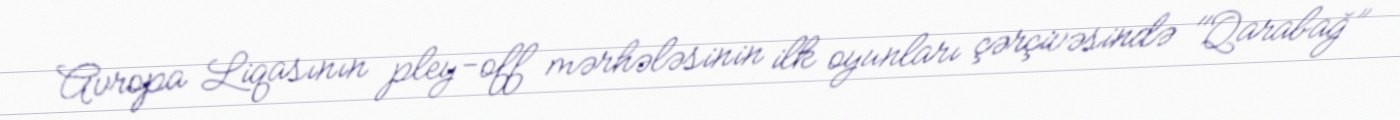
Avropa Liqasının pley-off mərhələsinin ilk oyunları çərçivəsində "Qarabağ”